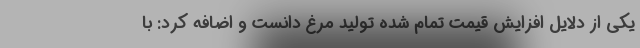
یکی از دلایل افزایش قیمت تمام شده تولید مرغ دانست و اضافه کرد: با